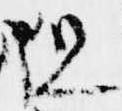
但